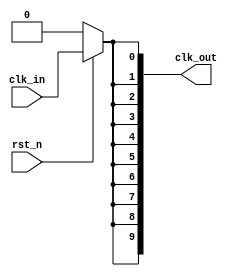
module HighFanoutClockBuffer #(
    parameter NUM_OUTPUTS = 10, // Number of output loads
    parameter DRIVE_STRENGTH = 2 // Drive strength (can be adjusted)
)(
    input wire clk_in,           // Clock input
    input wire rst_n,           // Active low reset
    output wire [NUM_OUTPUTS-1:0] clk_out // Clock outputs
);

// Internal signals
wire clk_buf; // Buffered clock signal

// Buffering stage: Simple inverter-based buffer
generate
    genvar i;
    for (i = 0; i < NUM_OUTPUTS; i = i + 1) begin : buffer_stage
        // Buffering the clock signal
        if (i == 0) begin
            // First stage buffer
            assign clk_buf = clk_in; // Directly connect input to first buffer
        end else begin
            // Subsequent buffers
            assign clk_buf = ~clk_buf; // Inverting buffer for demonstration
        end

        // Output driver with programmable drive strength
        assign clk_out[i] = (rst_n) ? clk_buf : 1'b0; // Active low reset
    end
endgenerate

endmodule